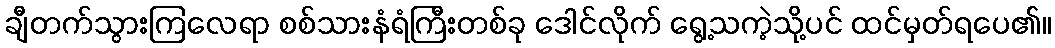
ချီတက်သွားကြလေရာ စစ်သားနံရံကြီးတစ်ခု ဒေါင်လိုက် ရွေ့သကဲ့သို့ပင် ထင်မှတ်ရပေ၏။